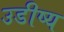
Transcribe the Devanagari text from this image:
उडीष्य